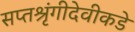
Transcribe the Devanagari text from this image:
सप्तश्रृंगीदेवीकडे